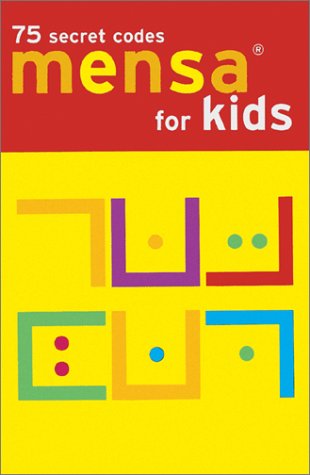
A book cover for Mensa for Kids: 75 Secret Codes; Chronicle Books Staff; Teen & Young Adult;